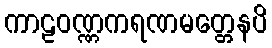
ကာဠဝဏ္ဏကရဏမတ္တေနပိ